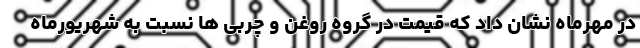
در مهرماه نشان داد که قیمت در گروه روغن و چربی ها نسبت به شهریورماه